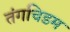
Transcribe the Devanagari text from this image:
तंगचिडम